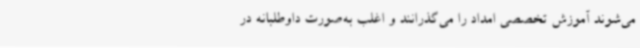
می‌شوند آموزش تخصصی امداد را می‌گذرانند و اغلب به‌صورت داوطلبانه در